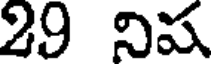
29 నిష